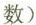
数)